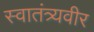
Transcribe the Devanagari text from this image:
स्‍वातंत्र्यवीर